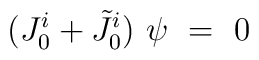
(J^{i}_{0}+\tilde{J}^{i}_{0}) \ \psi \ = \ 0